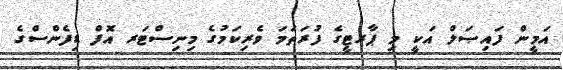
އަމީން ފައިޞަލް އަކީ މި ޕާރޓީގެ ފުރަތަމަ ވެރިކަމުގެ މިނިސްޓަރ އޮފް ޑިފެންސްގެ